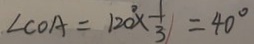
\angle C O A = 1 2 0 ^ { \circ } \times \frac { 1 } { 3 } = 4 0 ^ { \circ }